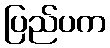
ပြည်ပက